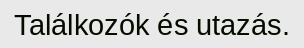
Találkozók és utazás.